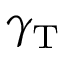
\gamma _ { \mathrm { T } }